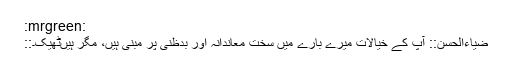
:mrgreen:
::ضیاءالحسن:: آپ کے خیالات میرے بارے میں سخت معاندانہ اور بدظنی پر مبنی ہیں، مگر ہیں‌ٹھیک۔